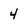
Character: 4